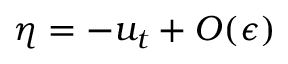
\eta = - u _ { t } + O ( \epsilon )